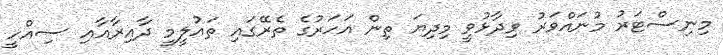
މިނިސްޓަރު މުނައްވަރު ވިދާޅުވީ މިދިޔަ ތިން އަހަރުގެ ތެރޭގައި ތައުލީމީ ދާއިރާއާއި ސިއްހީ